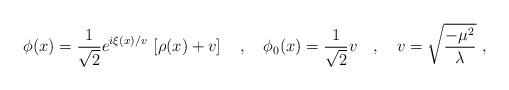
LaTeX: \begin{align*}\phi(x)=\frac{1}{\sqrt{2}}e^{i\xi(x)/v}\,\left[\rho(x)+v\right]\ \ \ ,\ \ \ \phi_0(x)=\frac{1}{\sqrt{2}}v\ \ \ ,\ \ \ v=\sqrt{\frac{-\mu^2}{\lambda}}\ ,\end{align*}